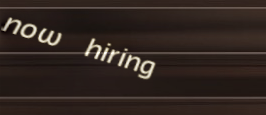
now hiring